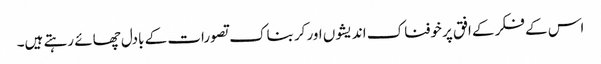
اس کے فکر کے افق پر خوفناک اندیشوں اور کربناک تصورات کے بادل چھائے رہتے ہیں۔